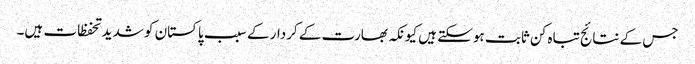
جس کے نتائج تباہ کن ثابت ہوسکتے ہیں کیونکہ بھارت کے کردار کے سبب پاکستان کو شدید تحفظات ہیں۔